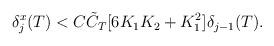
LaTeX: \begin{align*}\begin{aligned}\delta^{x}_{j}(T)&< C \tilde{C}_{T} [6 K_{1} K_{2}+ K_{1}^2] \delta_{j-1}(T).\end{aligned}\end{align*}